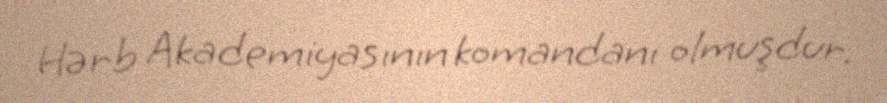
Hərb Akademiyasının komandanı olmuşdur.